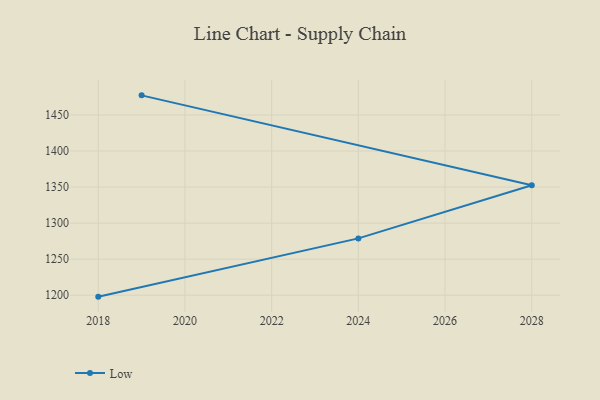
{"axis": {"x": "Year", "y": "Active Users"}, "legend": ["Low"], "data": [{"x": "2018", "y": 1198.0, "type": "Low"}, {"x": "2024", "y": 1278.8, "type": "Low"}, {"x": "2028", "y": 1352.6, "type": "Low"}, {"x": "2019", "y": 1477.2, "type": "Low"}]}